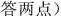
答两点)